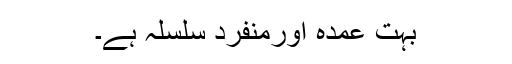
بہت عمدہ اورمنفرد سلسلہ ہے۔